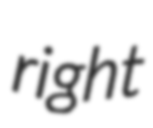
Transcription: right